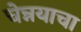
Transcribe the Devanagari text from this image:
चेन्नयाचा